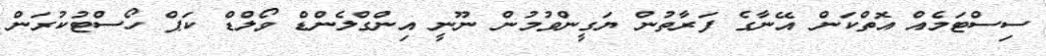
ސިސްޓަމެއް އޮތްކަން އޭނާގެ ފަރާތުން ޔަގީންވުމުން ނޫނީ އިންގްލެންޑް ވޯލްޑް ކަޕް ހޯސްޓުކުރަން